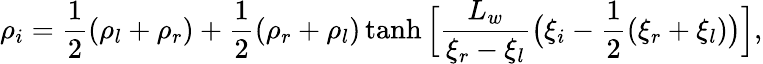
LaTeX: \rho_{i}=\frac{1}{2}(\rho_{l}+\rho_{r})+\frac{1}{2}(\rho_{r}+\rho_{l})\operatorname{tanh}\Big[\frac{L_{w}}{\xi_{r}-\xi_{l}}\big(\xi_{i}-\frac{1}{2}(\xi_{r}+\xi_{l})\big)\Big],